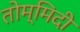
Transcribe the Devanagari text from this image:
तोम्मिदी